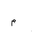
Letter: _mim